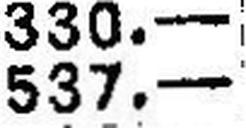
537.—